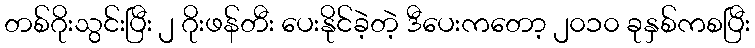
တစ်ဂိုးသွင်းပြီး ၂ ဂိုးဖန်တီး ပေးနိုင်ခဲ့တဲ့ ဒီပေးကတော့ ၂၀၁၀ ခုနှစ်ကစပြီး